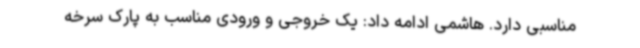
مناسبی دارد. هاشمی ادامه داد: یک خروجی و ورودی مناسب به پارک سرخه